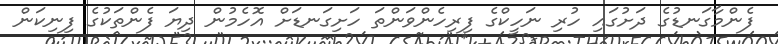
ފެންމާގަނޑުގެ ދަށުގައި ހުރި ނަހީކްގެ ފިރިހެންވަންތަ ހަށިގަނޑަށް އޮހެމުން ދިޔަ ފެންތަކުގެ ފިނިކަން